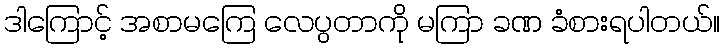
ဒါကြောင့် အစာမကြေ လေပွတာကို မကြာ ခဏ ခံစားရပါတယ်။